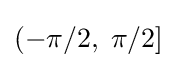
(-\pi /2,\;\pi /2]